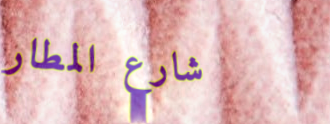
شارع المطار